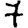
Digit: 7